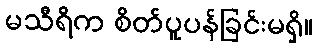
မသီရိက စိတ်ပူပန်ခြင်းမရှိ။